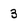
Character: 3